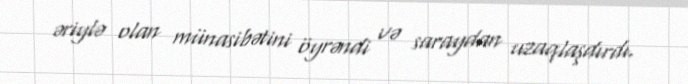
əriylə olan münasibətini öyrəndi və saraydan uzaqlaşdırdı.